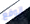
اتوقع